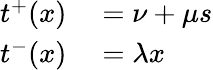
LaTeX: \begin{array}{rl}{t^{+}(x)}&{{}=\nu+\mu s}\\ {t^{-}(x)}&{{}=\lambda x}\end{array}